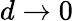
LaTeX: d\rightarrow 0